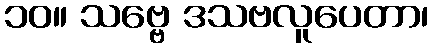
၁၀။ သဗ္ဗေ ဒသဗလူပေတာ၊